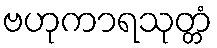
ဗဟုကာရသုတ္တံ